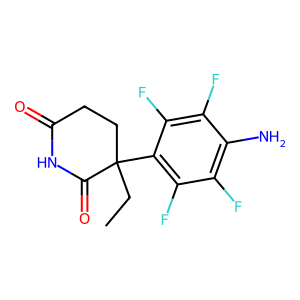
SMILES: CCC1(c2c(F)c(F)c(N)c(F)c2F)CCC(=O)NC1=O
Inhibits HIV replication: No